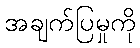
အချက်ပြမှုကို